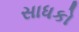
સાધકો